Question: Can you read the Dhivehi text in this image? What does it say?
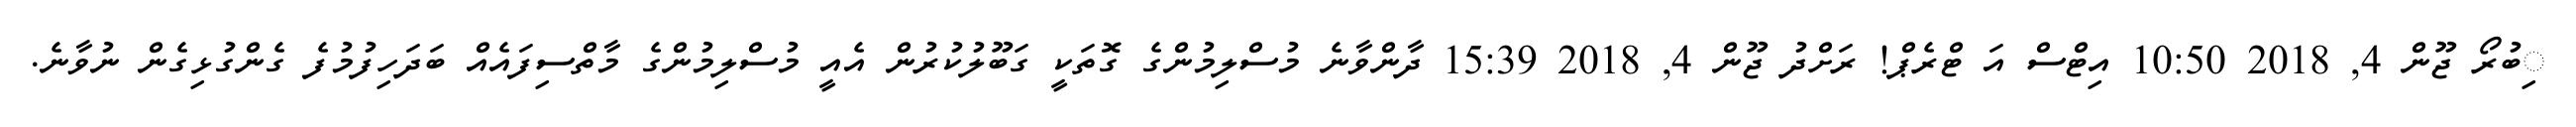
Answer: ިބުރޯ ޖޫން 4, 2018 10:50 އިޓްސް އަ ޓްރެޕް! ރަށްދު ޖޫން 4, 2018 15:39 ދާންވާނެ މުސްލިމުންގެ ގޮތަކީ ގަބޫލުކުރުން އެއީ މުސްލިމުންގެ މާތްސިފައެއް ބަދަހިފުމުފެ ގެންގުޅިގެން ނުވާނެ.